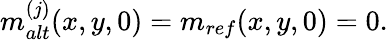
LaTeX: m_{alt}^{(j)}(x,y,0)=m_{ref}(x,y,0)=0.